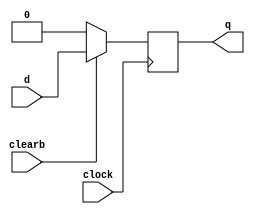
module dff_sync_clear(d, clearb, clock, q);
	input d, clearb, clock;
	output q;
	reg q;
	
	always@ (posedge clock)
	begin
		if(!clearb) q<= 1'b0;
		else q <=d;
	end
endmodule
	
module diff_async_clear(d, clearb, clock, q);
	input d, clearb, clock;
	output q;
	reg q;
	
	always@(negedge clearb or posedge clock)
	begin
		if(!clearb) q<=1'b0;
		else q <=d;
	end
endmodule